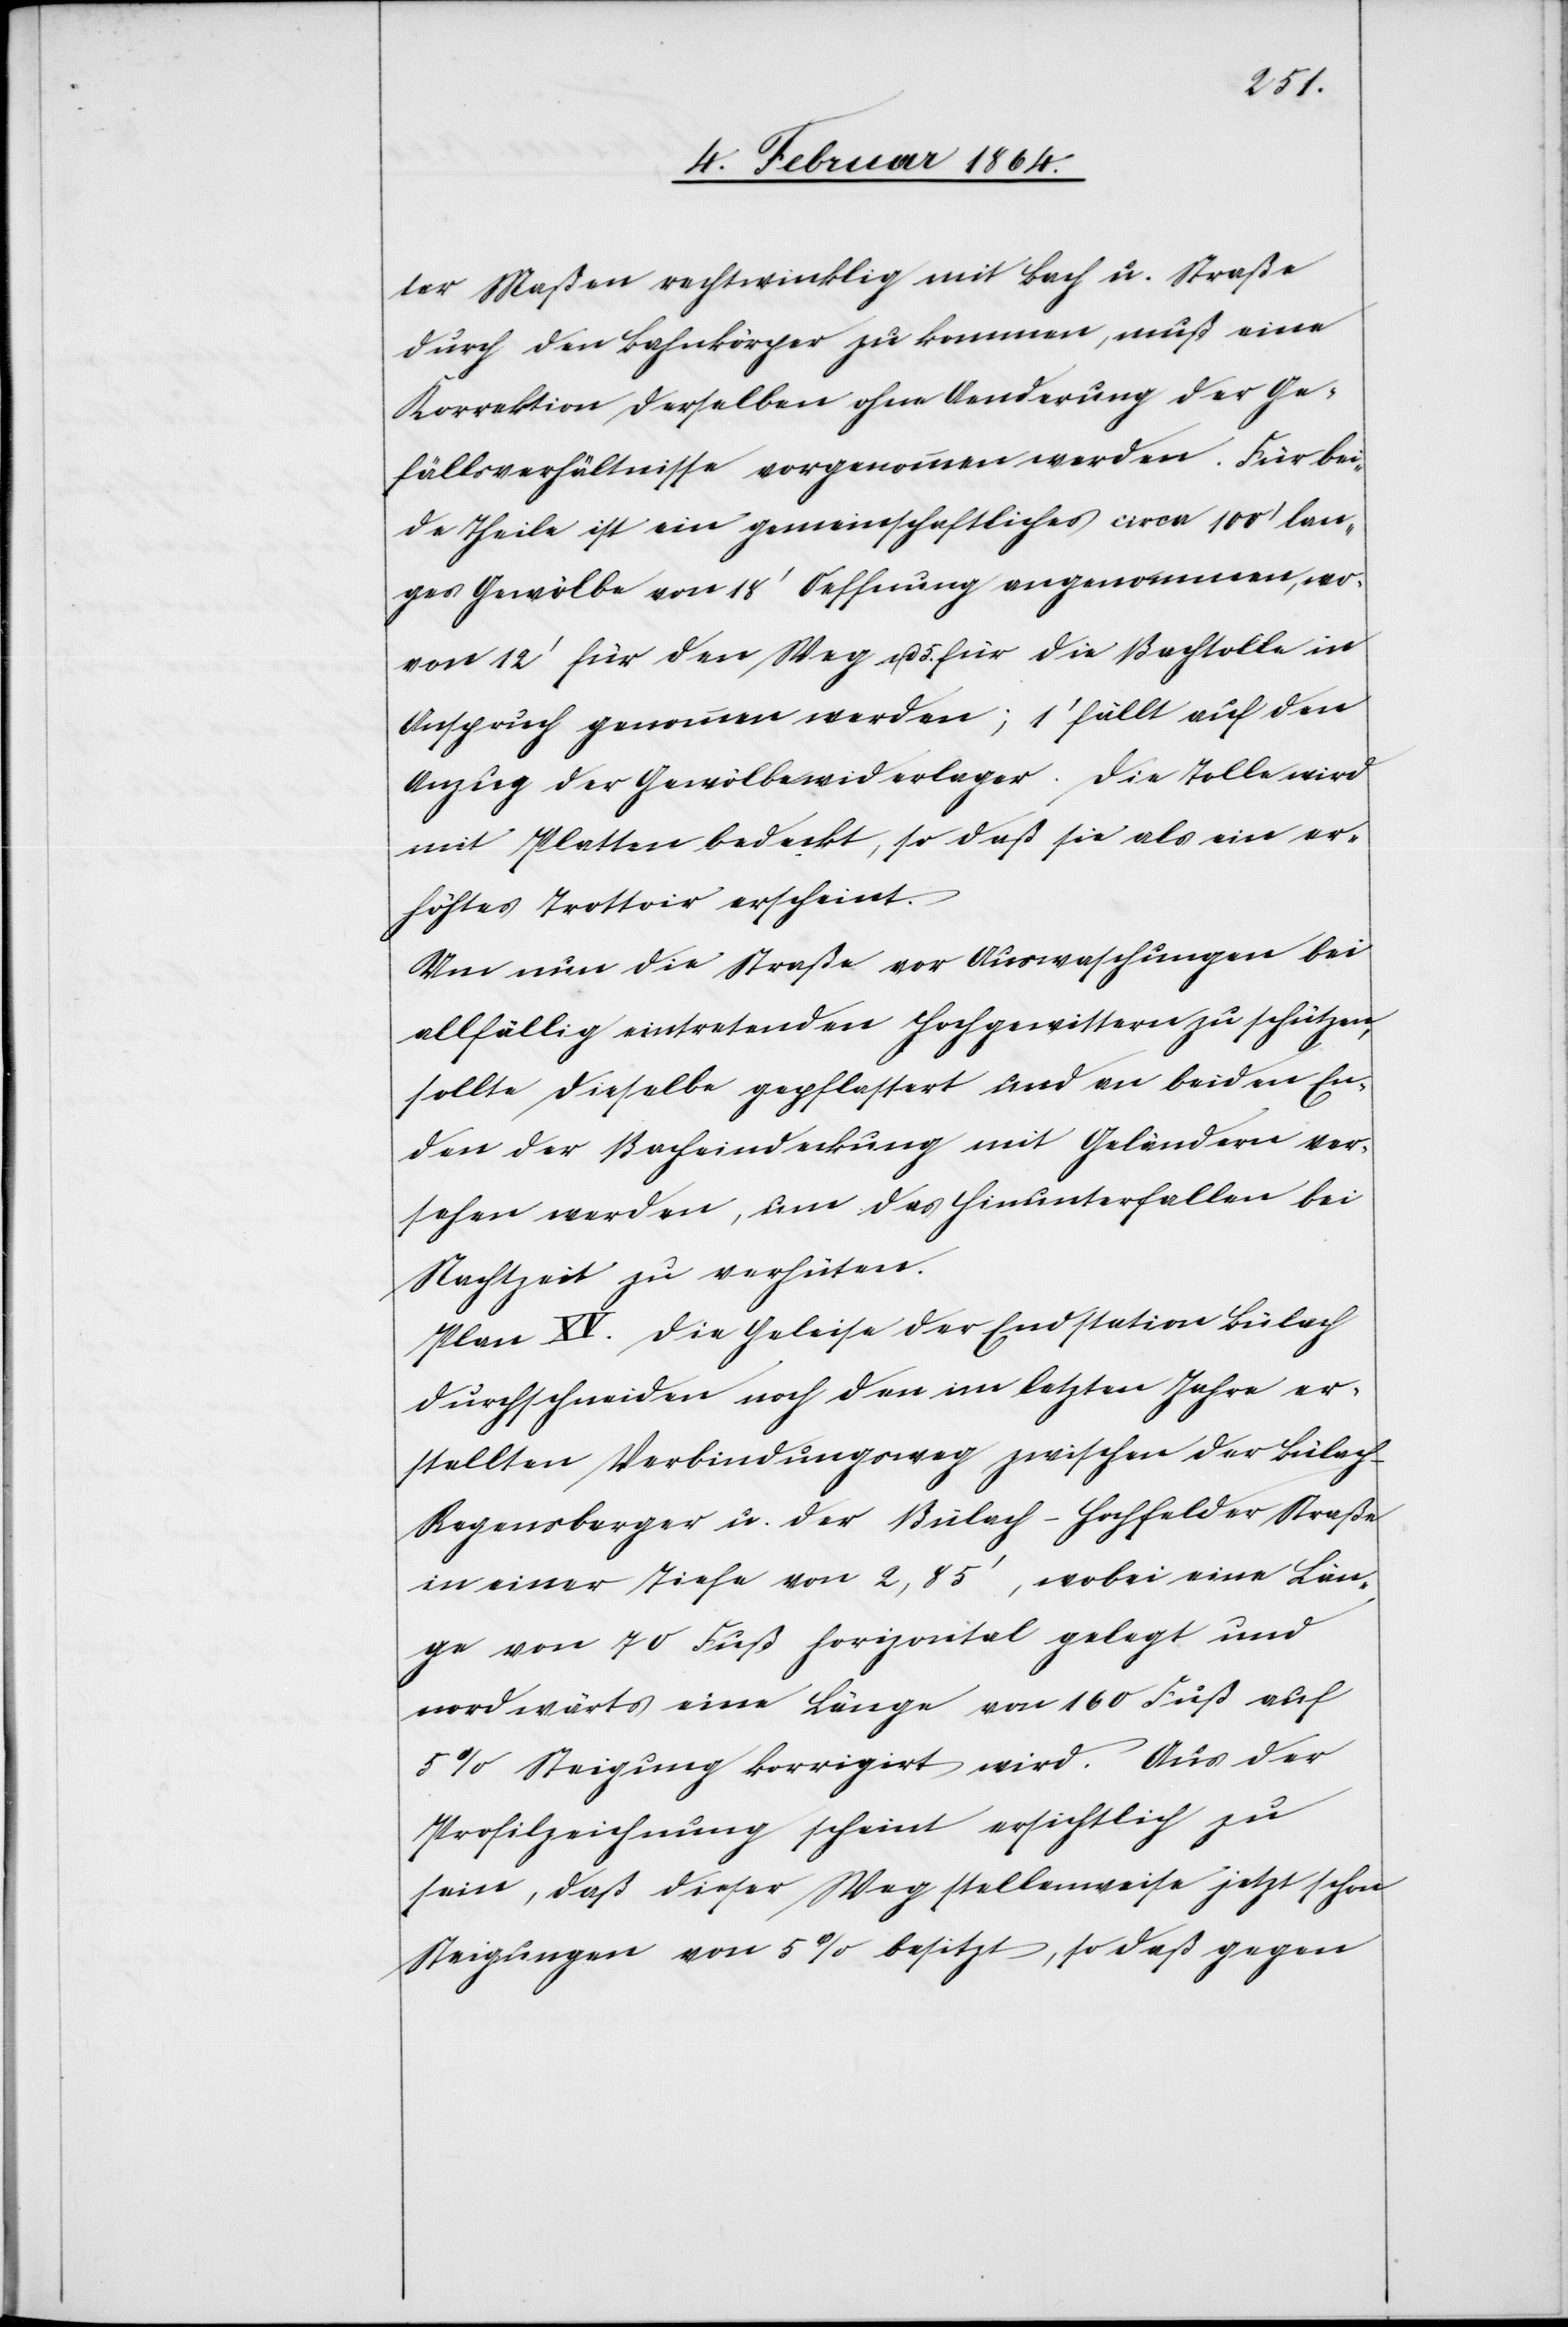
ter Maßen rechtwinklig mit Bach u. Straße
durch den Bahnkörper zu kommen, muß eine
Korrektion derselben ohne Aenderung der Ge¬
fällsverhältnisse vorgenommen werden. Für bei¬
de Theile ist ein gemeinschaftliches circa 100’ lan¬
ges Gewölbe von 18’ Oeffnung angenommen, wo¬
von 12’ für den Weg u. 5. für die Bachtolle in
Anspruch genommen werden; 1’ fällt auf den
Anzug der Gewölbewiderlager. Die Tolle wird
mit Platten bedeckt, so daß sie als ein er¬
höhtes Trottoir erscheint.
Um nun die Straße vor Auswaschungen bei
allfällig eintretenden Hochgewittern zu schützen,
sollte dieselbe gepflastert und an beiden En¬
den der Bacheindeckung mit Geländern ver¬
sehen werden, um das Hinunterfallen bei
Nachtzeit zu verhüten.
Plan XV. Die Geleise der Endstation Bülach
durchschneiden noch den im letzten Jahre er¬
stellten Verbindungsweg zwischen der Bülac¬
h-Regensberger u. der Bülach-Hochfelder Straße
in einer Tiefe von 2,85’, wobei eine Län¬
ge von 70 Fuß horizontal gelegt und
nordwärts eine Länge von 160 Fuß auf
5% Steigung korrigirt wird. Aus der
Profilzeichnung scheint ersichtlich zu
sein, daß dieser Weg stellenweise jetzt schon
Steigungen von 5% besitzt, so daß gegen